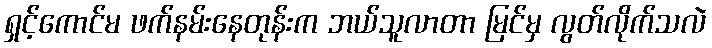
ရှင့်ကောင်မ ဖက်နမ်းနေတုန်းက ဘယ်သူလာတာ မြင်မှ လွတ်လိုက်သလဲ